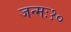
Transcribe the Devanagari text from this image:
जन्मः१०